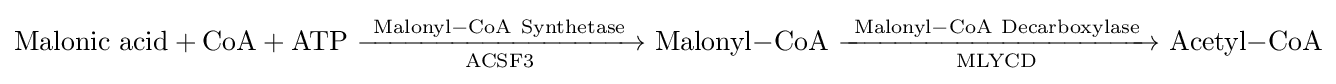
\mathrm {Malonic\ acid+CoA+ATP\ {\xrightarrow[{ACSF3}]{Malonyl{-}CoA\ Synthetase}}\ Malonyl{-}CoA\ {\xrightarrow[{MLYCD}]{Malonyl-CoA\ Decarboxylase}}\ Acetyl{-}CoA}